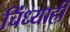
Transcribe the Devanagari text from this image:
चिंध्याही